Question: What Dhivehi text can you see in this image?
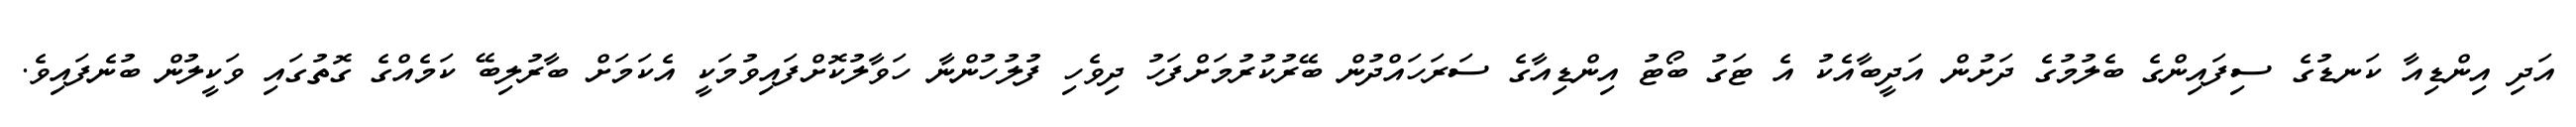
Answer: އަދި އިންޑިއާ ކަނޑުގެ ސިފައިންގެ ބެލުމުގެ ދަށުން އަދީބާއެކު އެ ޓަގު ބޯޓު އިންޑިއާގެ ސަރަހައްދުން ބޭރުކުރުމަށްފަހު ދިވެހި ފުލުހުންނާ ހަވާލުކޮށްފައިވުމަކީ އެކަމަށް ބާރުލިބޭ ކަމެއްގެ ގޮތުގައި ވަކީލުން ބުނެފައިވެ.